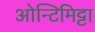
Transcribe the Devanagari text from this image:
ओन्टिमिट्टा